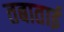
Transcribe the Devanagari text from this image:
तबाताई